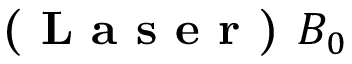
\textbf { ( L a s e r ) } B _ { 0 }